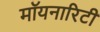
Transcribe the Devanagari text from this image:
मॉयनारिटी